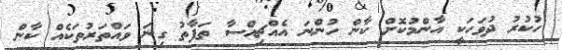
ހުކުރު ދުވަހަކީ އާންމުކޮށް ކާން ހުންނަ އެއްޗިއްސާ ތަފާތު ގިނަ ވައްތަރުތަކެއް ކާން